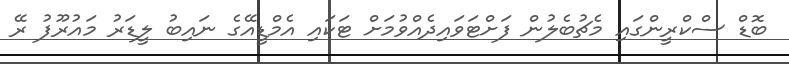
ބޮޑް ސްކްރީންގައި މެޗުބެލުން ފަށްޓަވައިދެއްވުމަށް ޓަކައި އެމްޑީއޭގެ ނައިބު ލީޑަރު މައުރޫފު ރޭ